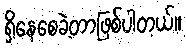
ရှိနေစေခဲ့တာဖြစ်ပါတယ်။